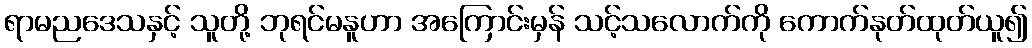
ရာမညဒေသနှင့် သူတို့ ဘုရင်မနူဟာ အကြောင်းမှန် သင့်သလောက်ကို ကောက်နုတ်ထုတ်ယူ၍